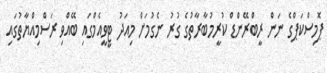
ޕޮމިސްކަޕްގެ ނަން ރީބްރޭންޑް ކުރީމުބާރާތުގެ ގުރު ނެގުމަށް މިއަދު ޓީވީއެމްގައި ބޭއްވި ރަސްމިއްޔާތުގައި